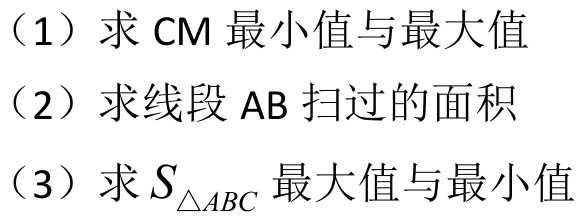
（1）求 \(CM\) 最小值与最大值
（2）求线段 \(AB\) 扫过的面积
（3）求 \(S_{\triangle ABC}\) 最大值与最小值